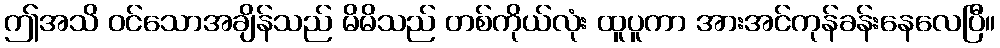
ဤအသိ ဝင်သောအချိန်သည် မိမိသည် တစ်ကိုယ်လုံး ထူပူကာ အားအင်ကုန်ခန်းနေလေပြီ။